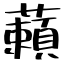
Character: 藾